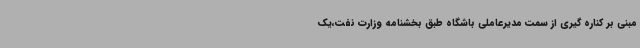
مبنی بر کناره گیری از سمت مدیرعاملی باشگاه طبق بخشنامه وزارت نفت،یک